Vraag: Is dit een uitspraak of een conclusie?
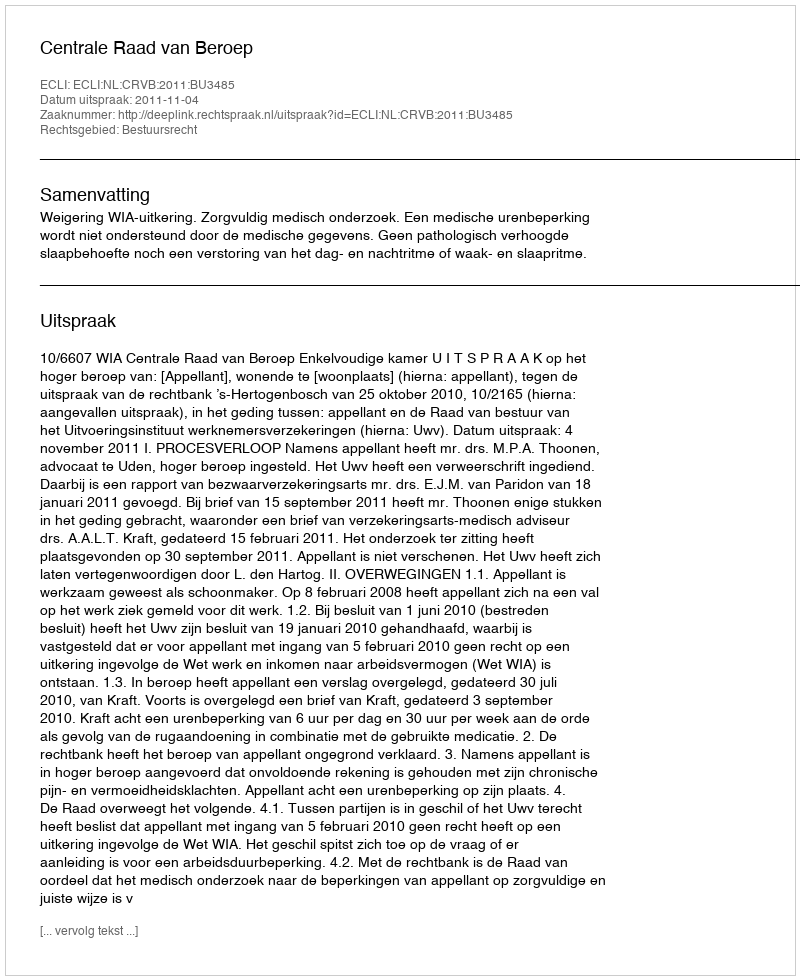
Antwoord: Uitspraak